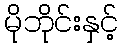
မိုဘိုင်းနှင့်